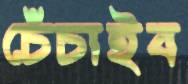
চেঁচাইব